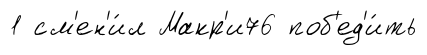
1 см'ен'и́л Макр'и76 поб'ед'и́ть